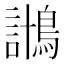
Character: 𱈱